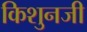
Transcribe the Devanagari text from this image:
किशुनजी